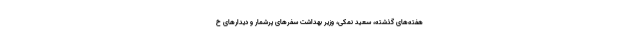
هفته‌های گذشته، سعید نمکی، وزیر بهداشت سفرهای پرشمار و دیدارهای خ